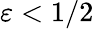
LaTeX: \varepsilon<1/2